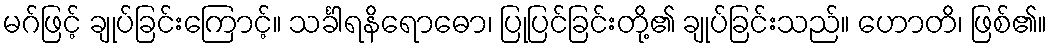
မဂ်ဖြင့် ချုပ်ခြင်းကြောင့်။ သင်္ခါရနိရောဓော၊ ပြုပြင်ခြင်းတို့၏ ချုပ်ခြင်းသည်။ ဟောတိ၊ ဖြစ်၏။